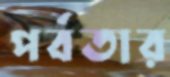
পর্বতার